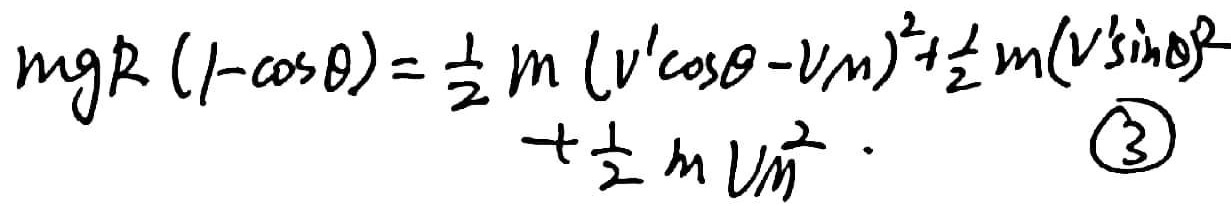
\[
\begin{align*}
mgR(1 - \cos\theta)&=\frac{1}{2}m(v'\cos\theta - v_m)^2+\frac{1}{2}m(v'\sin\theta)^2\\
&+\frac{1}{2}mv_m^2. \quad \textcircled{3}
\end{align*}
\]